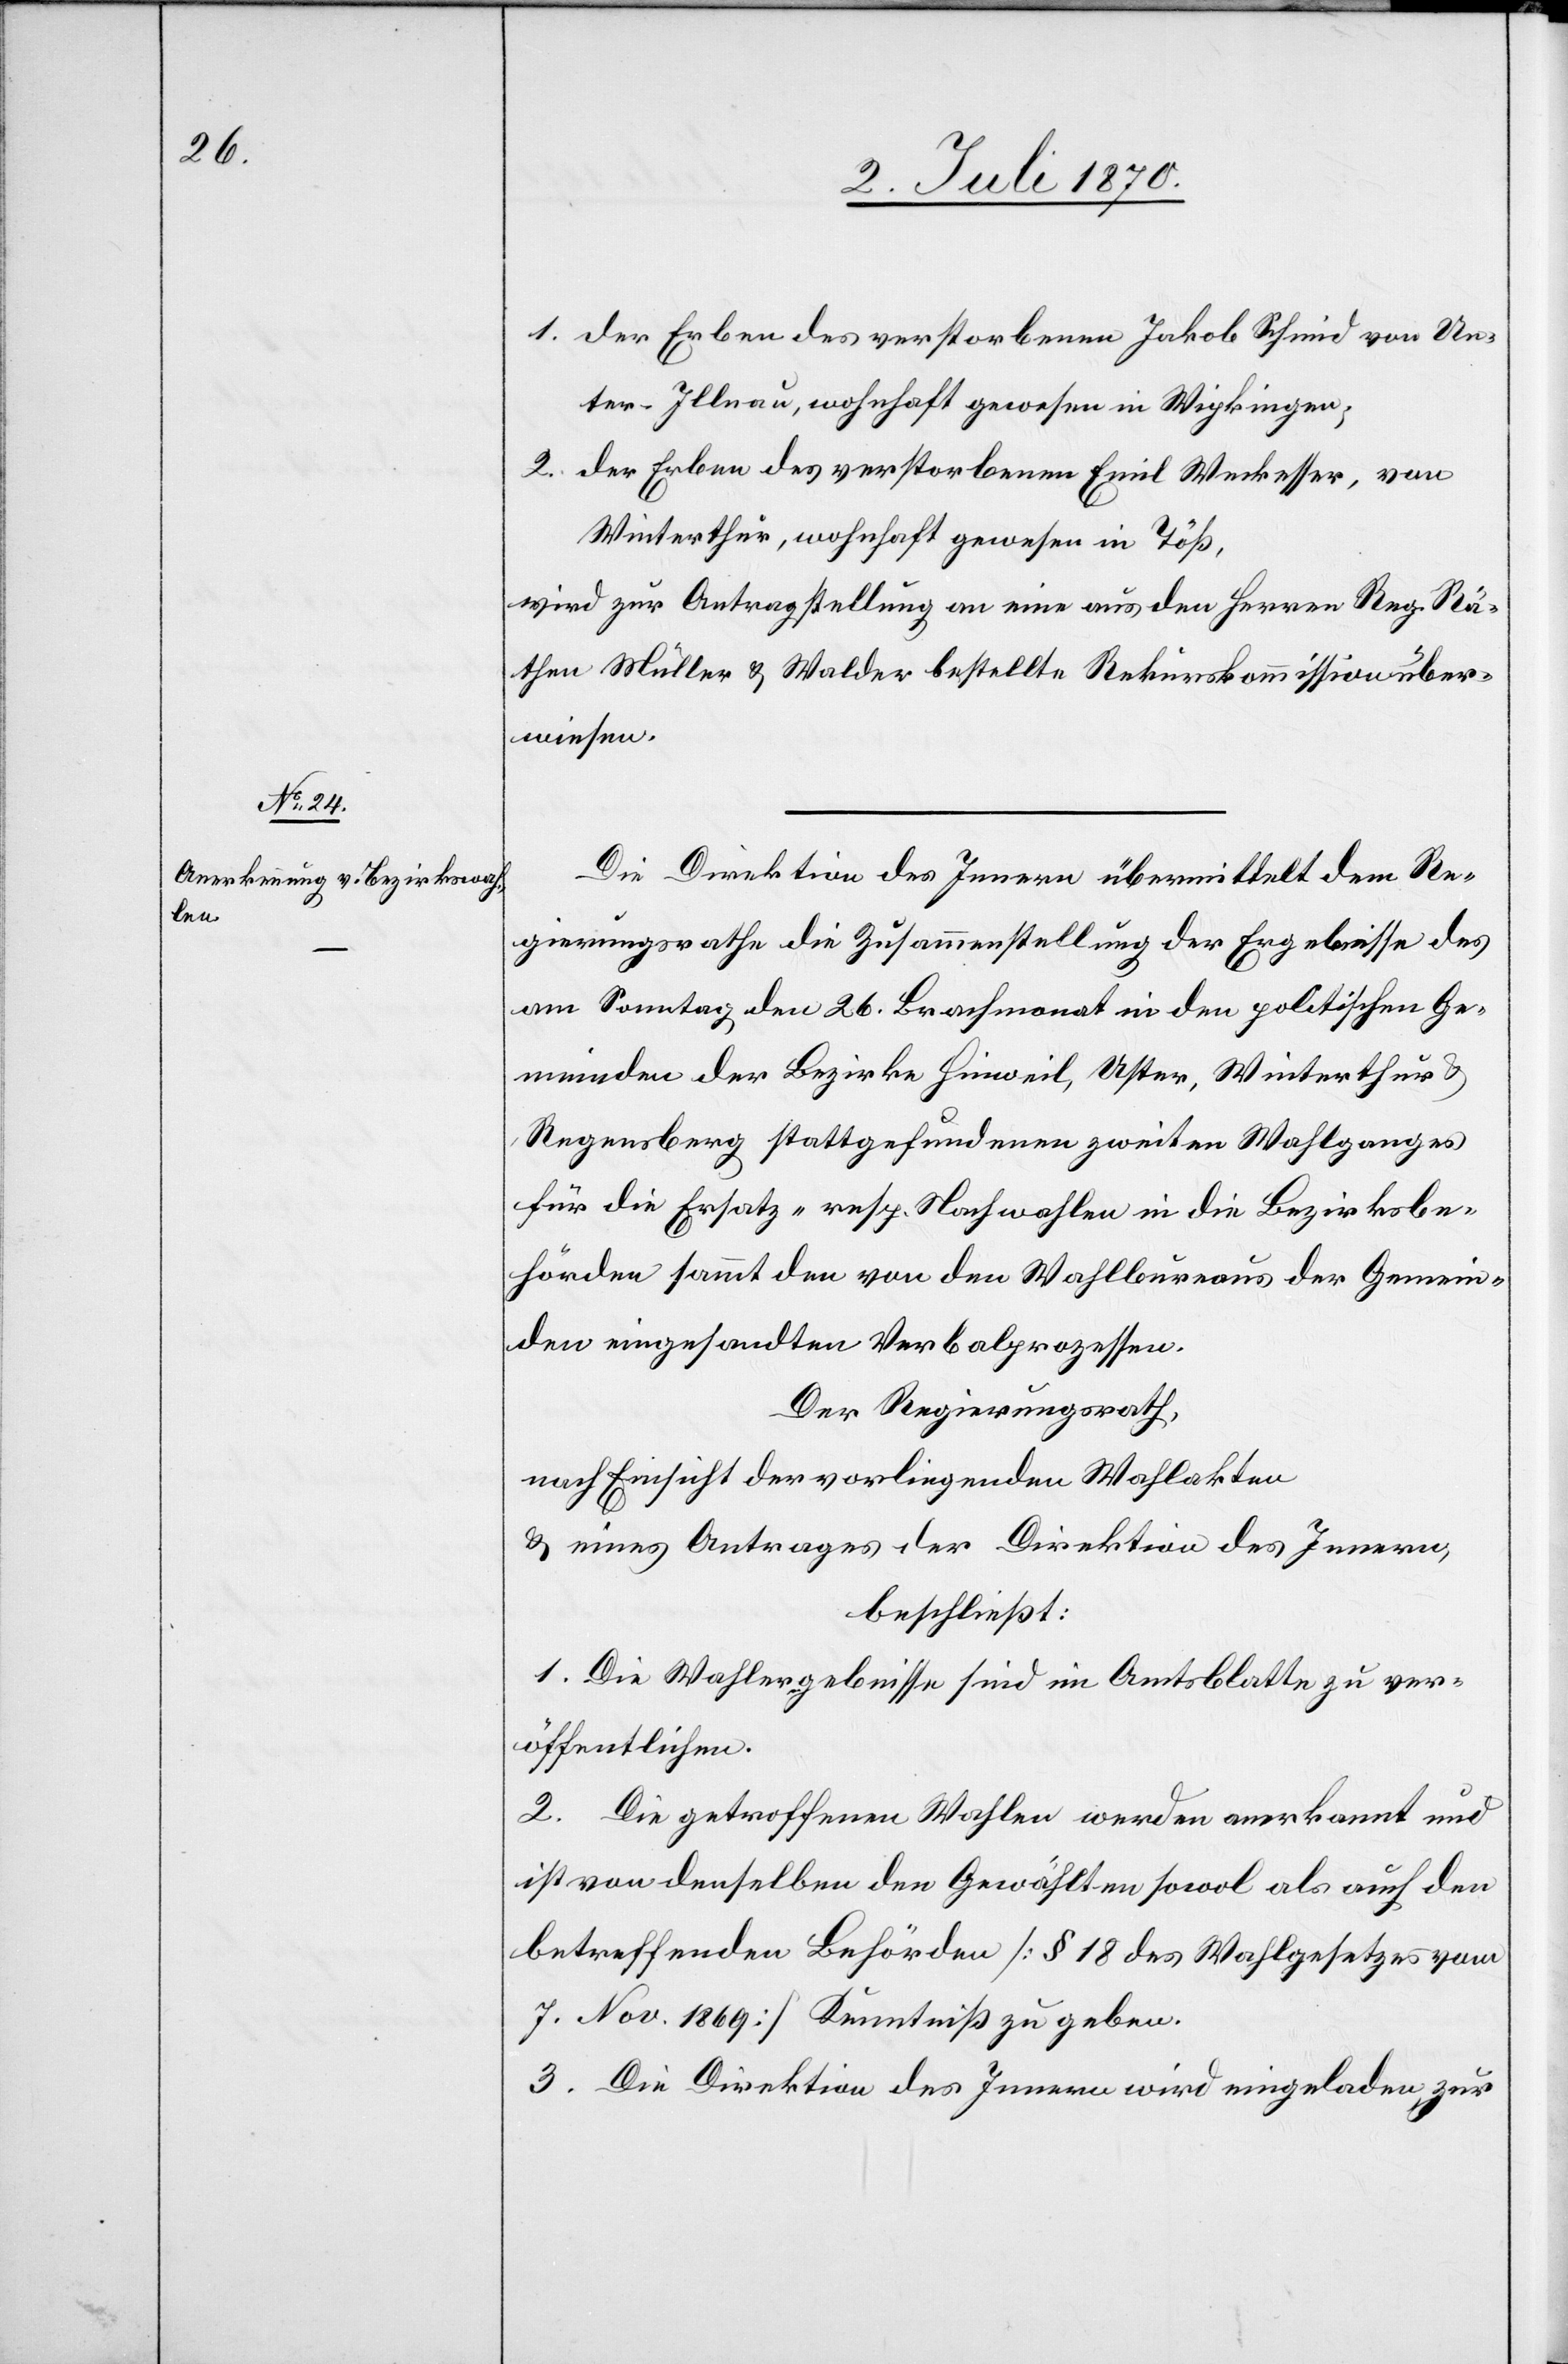
1. der Erben des verstorbenen Jakob Schmid von Un¬
ter-Illnau, wohnhaft gewesen in Wipkingen;
2. der Erben des verstorbenen Emil Weckesser, von
Winterthur, wohnhaft gewesen in Töß,
wird zur Antragstellung an eine aus den Herren Reg. Rä¬
then Müller & Walder bestellte Rekurskommission über¬
wiesen.
Die Direktion des Innern übermittelt dem Re¬
gierungsrathe die Zusammenstellung der Ergebnisse des
am Sonntag den 26. Brachmonat in den politischen Ge¬
meinden der Bezirke Hinweil, Uster, Winterthur &
Regensberg stattgefundenen zweiten Wahlganges
für die Ersatz- resp. Nachwahlen in die Bezirksbe¬
hörde sammt den von den Wahlbureaus der Gemein¬
den eingesandten Verbalprozessen.
Der Regierungsrath,
nach Einsicht der vorliegenden Wahlakten
& eines Antrages der Direktion des Innern,
beschließt:
1. Die Wahlergebnisse sind im Amtsblatte zu ver¬
öffentlichen.
2. Die getroffenen Wahlen werden anerkannt und
ist von denselben den Gewählten sowol als auch den
betreffenden Behörden [§ 18 des Wahlgesetzes vom
7. Nov. 1869] Kenntniß zu geben.
3. Die Direktion des Innern wird eingeladen, zur